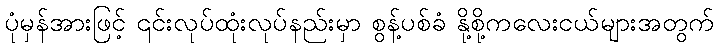
ပုံမှန်အားဖြင့် ၎င်းလုပ်ထုံးလုပ်နည်းမှာ စွန့်ပစ်ခံ နို့စို့ကလေးငယ်များအတွက်